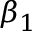
\beta _ { 1 }